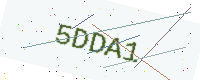
Text: 5DDA1